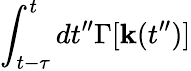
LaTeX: \int_{t-\tau}^{t}dt^{\prime\prime}\Gamma[{\mathbf k}(t^{\prime\prime})]